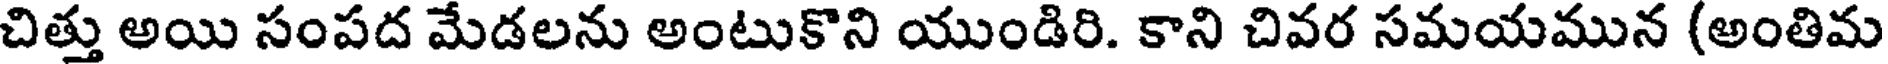
చిత్తు అయి సంపద మేడలను అంటుకొని యుండిరి. కాని చివర సమయమున (అంతిమ